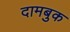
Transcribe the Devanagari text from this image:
दामबुक